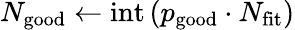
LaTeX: N_{\mathrm{good}}\leftarrow\mathrm{int}\left(p_{\mathrm{good}}\cdot N_{\mathrm{fit}}\right)